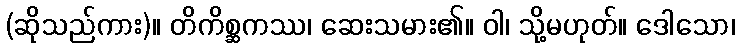
(ဆိုသည်ကား)။ တိကိစ္ဆကဿ၊ ဆေးသမား၏။ ဝါ၊ သို့မဟုတ်။ ဒေါသော၊